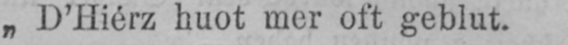
„D’Hiérz huot mer oft geblut.